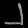
Digit: ၂